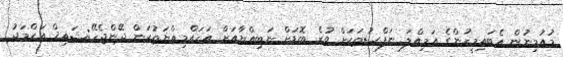
މުއުމިނުން އެބައިމީހުންގެ އަމިއްލަ ނަފްސުތަކަށް ވުރެ ބޮޑަށް ނަބިއްޔާއަށް އަހައްމިއްޔަތުކަން ދޭންޖެހޭ:ޝައިޚް އަޙްމަދު